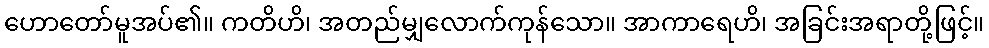
ဟောတော်မူအပ်၏။ ကတိဟိ၊ အတည်မျှလောက်ကုန်သော။ အာကာရေဟိ၊ အခြင်းအရာတို့ဖြင့်။